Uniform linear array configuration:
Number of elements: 48
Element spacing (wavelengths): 0.25
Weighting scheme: uniform
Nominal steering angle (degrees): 45
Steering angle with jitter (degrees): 45.234
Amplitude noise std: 0.05
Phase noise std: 0.05

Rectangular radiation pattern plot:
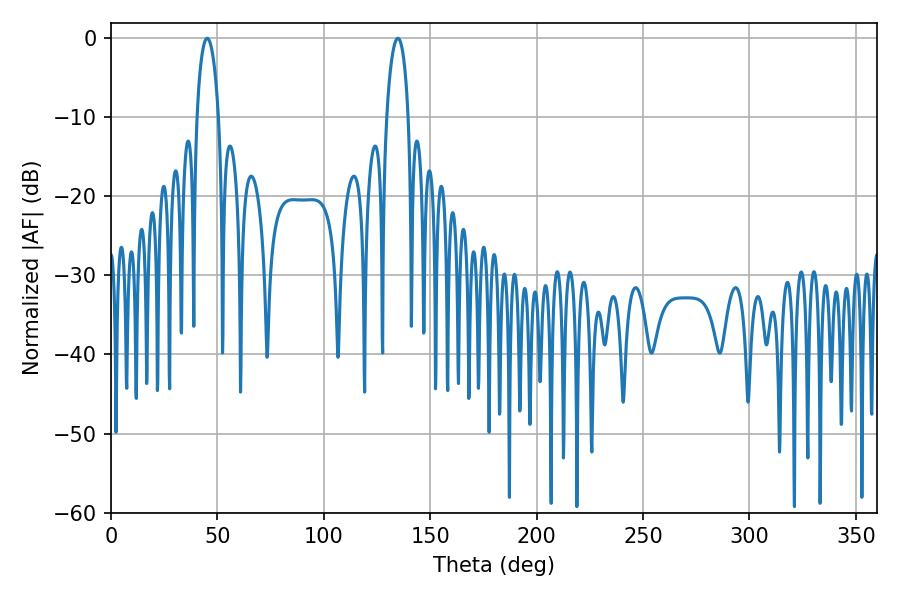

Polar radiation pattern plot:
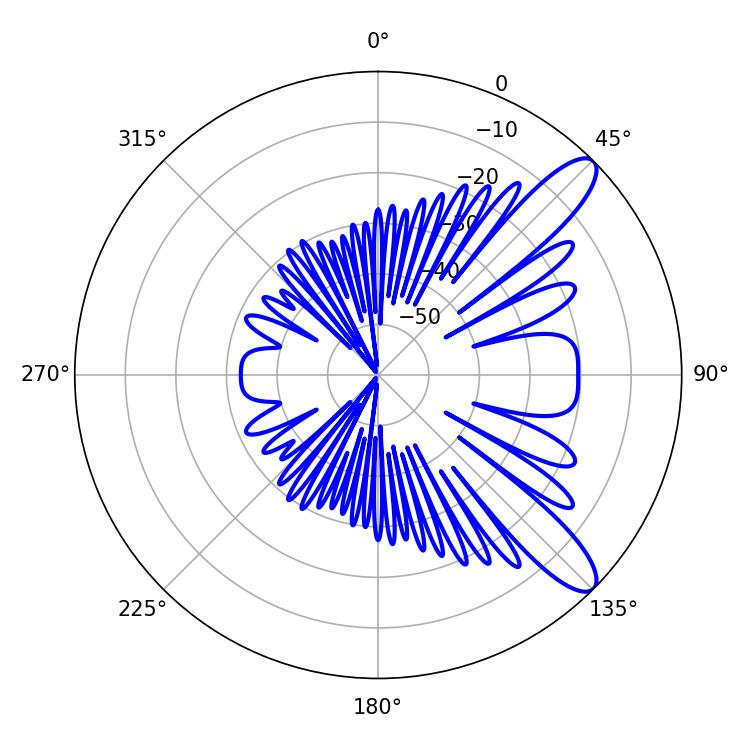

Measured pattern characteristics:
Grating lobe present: FALSE
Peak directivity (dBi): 10.755
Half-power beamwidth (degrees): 5.94
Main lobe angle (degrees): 45.18